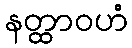
နတ္ထာဝဟံ